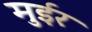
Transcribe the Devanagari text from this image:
मुईर